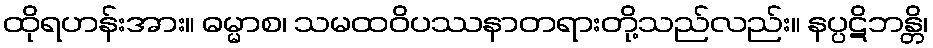
ထိုရဟန်းအား။ ဓမ္မာစ၊ သမထဝိပဿနာတရားတို့သည်လည်း။ နပ္ပဋိဘန္တိ၊